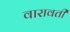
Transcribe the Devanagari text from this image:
वारावती